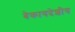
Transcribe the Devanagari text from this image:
बेकायदेशीय